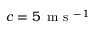
c = 5 \, \mathrm { ~ m ~ s ~ } ^ { - 1 }